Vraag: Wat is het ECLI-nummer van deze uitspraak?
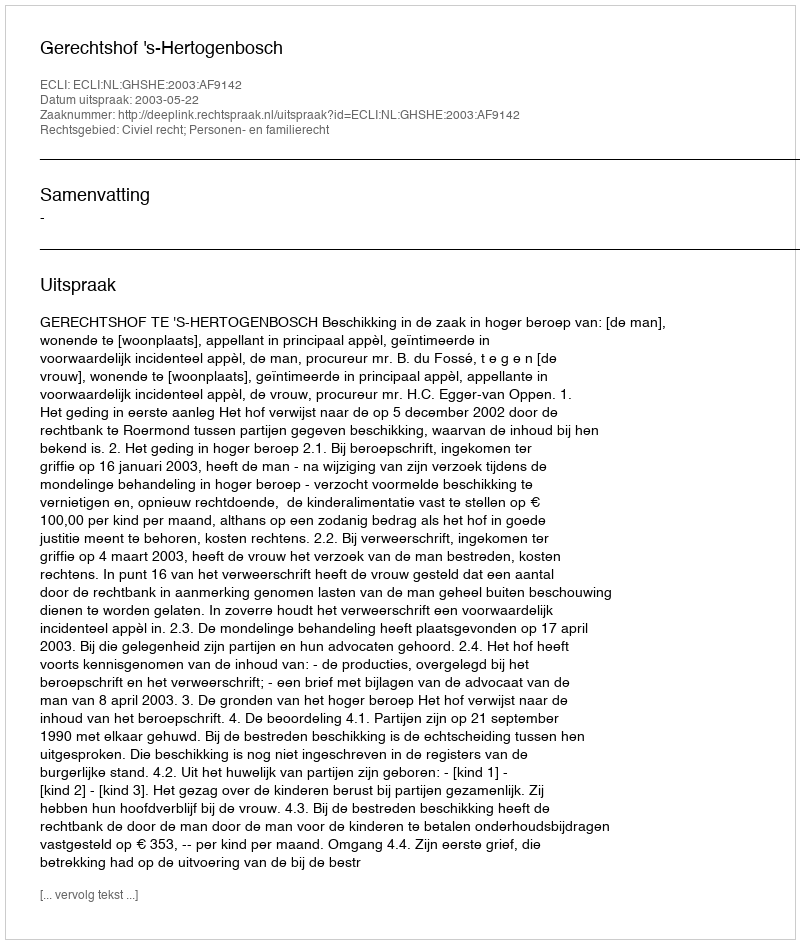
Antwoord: ECLI:NL:GHSHE:2003:AF9142